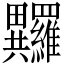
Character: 𤴏